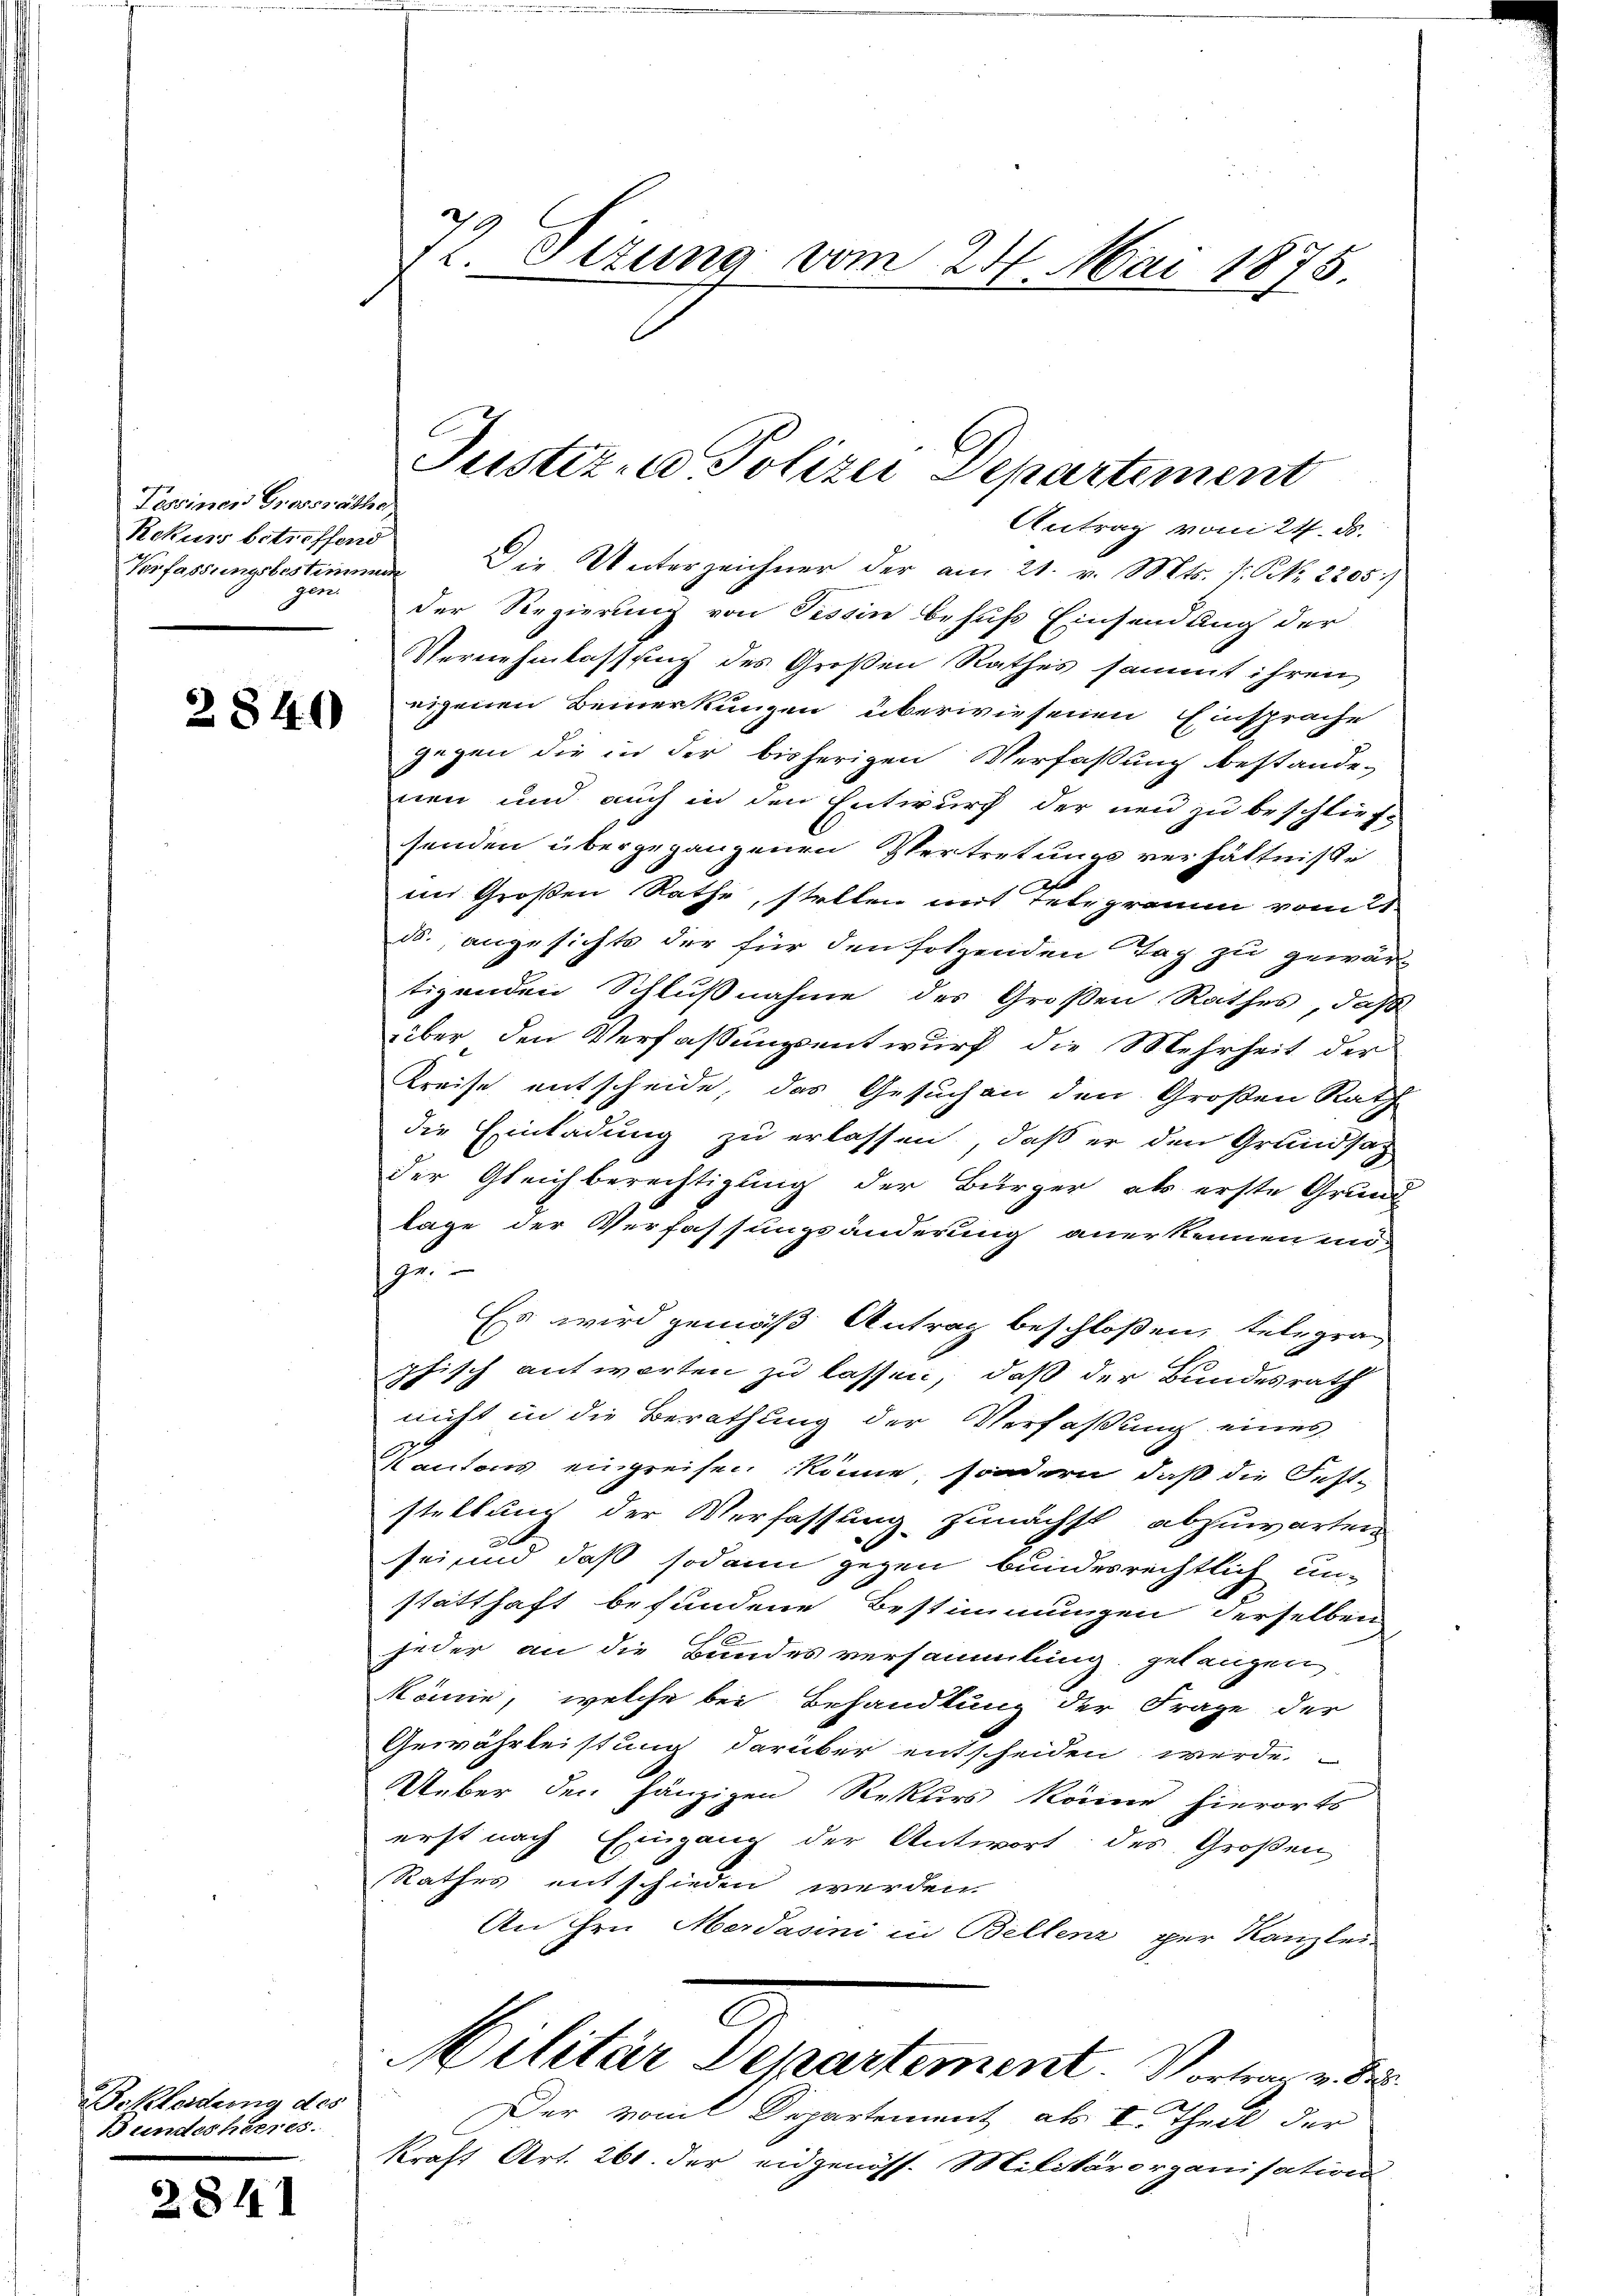
Tessiner Grossräthe
Rekurs betreffend
Verfassungsbestimmung
gen

2840

Bekleidung des
Bundesheeres.

2841

72. Ettung vom 24. Mai 1875

Antrag vom 24. ds.
Die Unterzeichner der am 21. v. Mts. f. S. 2205)
der Regierung von Tessin behufs Einsendung der
Vernehmlassung des Großen Rathes sammt ihren
eigenen Bemerkungen überwiesenen Einsprache
gegen die in der bisherigen Verfaßung bestande-
nen und auch in den Entwurf der neu zu beschlief-
senden übergegangenen Vertretungsverhältnisse
im Großen Rathe, stellen mit Telegramm vom 21.
ds. angesichts der für den sotzenden Tag zu gewär
tigenden Schlußnahme des Großen Rathes, daß
über den Verfaßungsentwurf die Mehrheit der
Kreise entscheide, das Gesuchen den Großen Rath
die Einladung zu erlassen, daß er den Grundsaz
der Gleichberechtigung der Bürger als erste Grund
lage der Verfassungsänderung anerkennen un-
zu
Es wird gemäß Antrag beschloßen, telegraphisch antworten zu lassen, daß der Bundesrath
nicht in die Berathung der Verfaßung eines
Kantons eingreifen könne, sondern, daß die Fest-
stellung der Verfassung zunächst abzuwarten
sei und daß sodann gegen bundesrechtlich un-
statthaft befundene Bestimmungen derselben
jeder an die Bundesversammlung gelangen
könne, welche bei Behandlung der Frage der
Gewährleistung darüber entscheiden werde.
Ueber den hängigen Rekurs könne hierorts
erst nach Eingang der Antwort des Großen,
Rathes entschieden werden.
An ihre Merdamni in Bellenz per Kanzlei
Militär Departement. Vortrag v. S
Der vom Departement als I. Theil der
kraft Art. 261. der eidgenöss. Militärorganisation

Justiz- u Polizei Departement